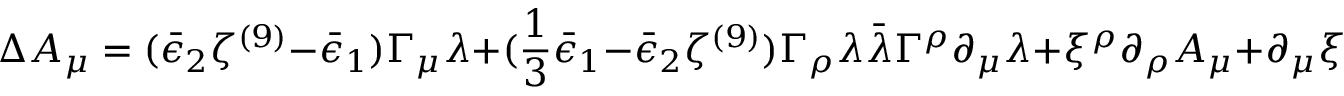
\Delta A _ { \mu } = ( \bar { \epsilon } _ { 2 } \zeta ^ { ( 9 ) } - \bar { \epsilon } _ { 1 } ) \Gamma _ { \mu } \lambda + ( { \frac { 1 } { 3 } } \bar { \epsilon } _ { 1 } - \bar { \epsilon } _ { 2 } \zeta ^ { ( 9 ) } ) \Gamma _ { \rho } \lambda \bar { \lambda } \Gamma ^ { \rho } \partial _ { \mu } \lambda + \xi ^ { \rho } \partial _ { \rho } A _ { \mu } + \partial _ { \mu } \xi ^ { \rho } A _ { \rho } ,